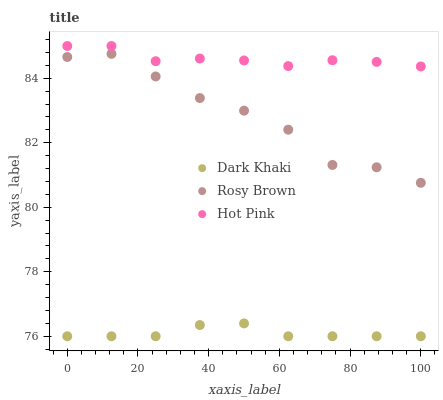
| xaxis_label | Dark Khaki | Rosy Brown | Hot Pink |
 | --- | --- | --- | --- |
 | 0 | 76 | 84.7 | 85 |
 | 12.5 | 76 | 84.8 | 85 |
 | 25 | 76 | 84.1 | 84.5 |
 | 37.5 | 76.3 | 83.4 | 84.6 |
 | 50 | 76.4 | 83 | 84.6 |
 | 62.5 | 76 | 82.4 | 84.4 |
 | 75 | 76 | 81.3 | 84.6 |
 | 87.5 | 76 | 81.2 | 84.5 |
 | 100 | 76 | 80.8 | 84.4 |